Lunatic asylums Punjab 1881-1894 - 1881-1894
Year: 1881
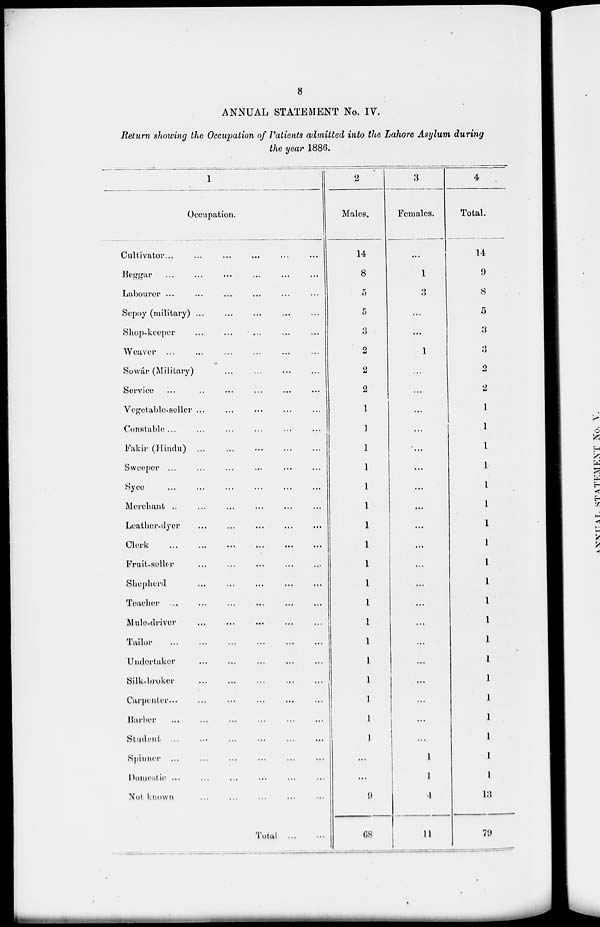
8
ANNUAL STATEMENT No. IV.
Return showing the Occupation of Patients admitted into the Lahore Asylum during
the year 1886.
1
Occupation.
Cultivator ... ... ... ... ... ... ... ...
Beggar ... ... ... ... ... ... ... ...
Labourer ... ... ... ... ... ... ... ...
Sepoy (military) ... ... ... ... ... ... ... ...
Shop-keeper ... ... ... ... ... ... ... ...
Weaver ... ... ... ... ... ... ... ...
Sowár (Military) ... ... ... ... ... ... ... ...
Service ... ... ... ... ... ... ... ...
Vegetable-seller ... ... ... ... ... ... ... ...
Constable ... ... ... ... ... ... ... ...
Fakir (Hindu) ... ... ... ... ... ... ... ...
Sweeper ... ... ... ... ... ... ... ...
Syce
...
...
...
...
...
...
...
...
Merchant ... ... ... ... ... ... ... ...
Leather-dyer ... ... ... ... ... ... ... ...
Clerk
...
...
...
...
...
...
...
...
Fruit-seller ... ... ... ... ... ... ... ...
Shepherd ... ... ... ... ... ... ... ...
Teacher ... ... ... ... ... ... ... ...
Mule-driver ... ... ... ... ... ... ... ...
Tailor
...
...
...
...
...
...
...
...
Undertaker ... ... ... ... ... ... ... ...
Silk-broker ... ... ... ... ... ... ... ...
Carpenter ... ... ... ... ... ... ... ...
Barber ... ... ... ... ... ... ... ...
Student ... ... ... ... ... ... ... ...
Spinner ... ... ... ... ... ... ... ...
Domestic ... ... ... ... ... ... ... ...
Not known ... ... ... ... ... ... ... ...
Total ... ... ... ... ... ... ... ...
2
Males.
14
8
5
5
3
2
2
2
1
1
1
1
1
1
1
1
1
1
1
1
1
1
1
1
1
1
...
...
9
68
3
Females.
....
1
3
...
...
1
...
...
...
...
...
...
...
...
...
...
...
...
...
...
...
...
...
...
...
...
1
1
4
11
4
Total.
14
9
8
5
3
3
2
2
1
1
1
1
1
1
1
1
1
1
1
1
1
1
1
1
1
1
1
1
13
79